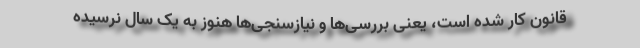
قانون کار شده است، یعنی بررسی‌ها و نیازسنجی‌ها هنوز به یک سال نرسیده